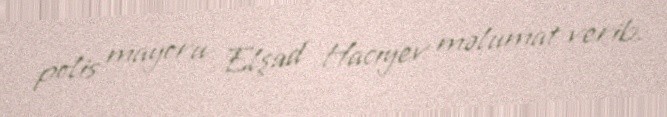
polis mayoru Elşad Hacıyev məlumat verib.